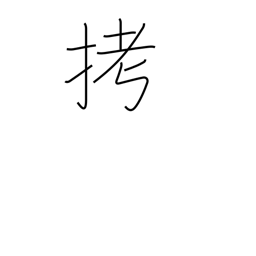
Meaning: torture